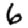
Digit: 6